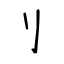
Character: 刂